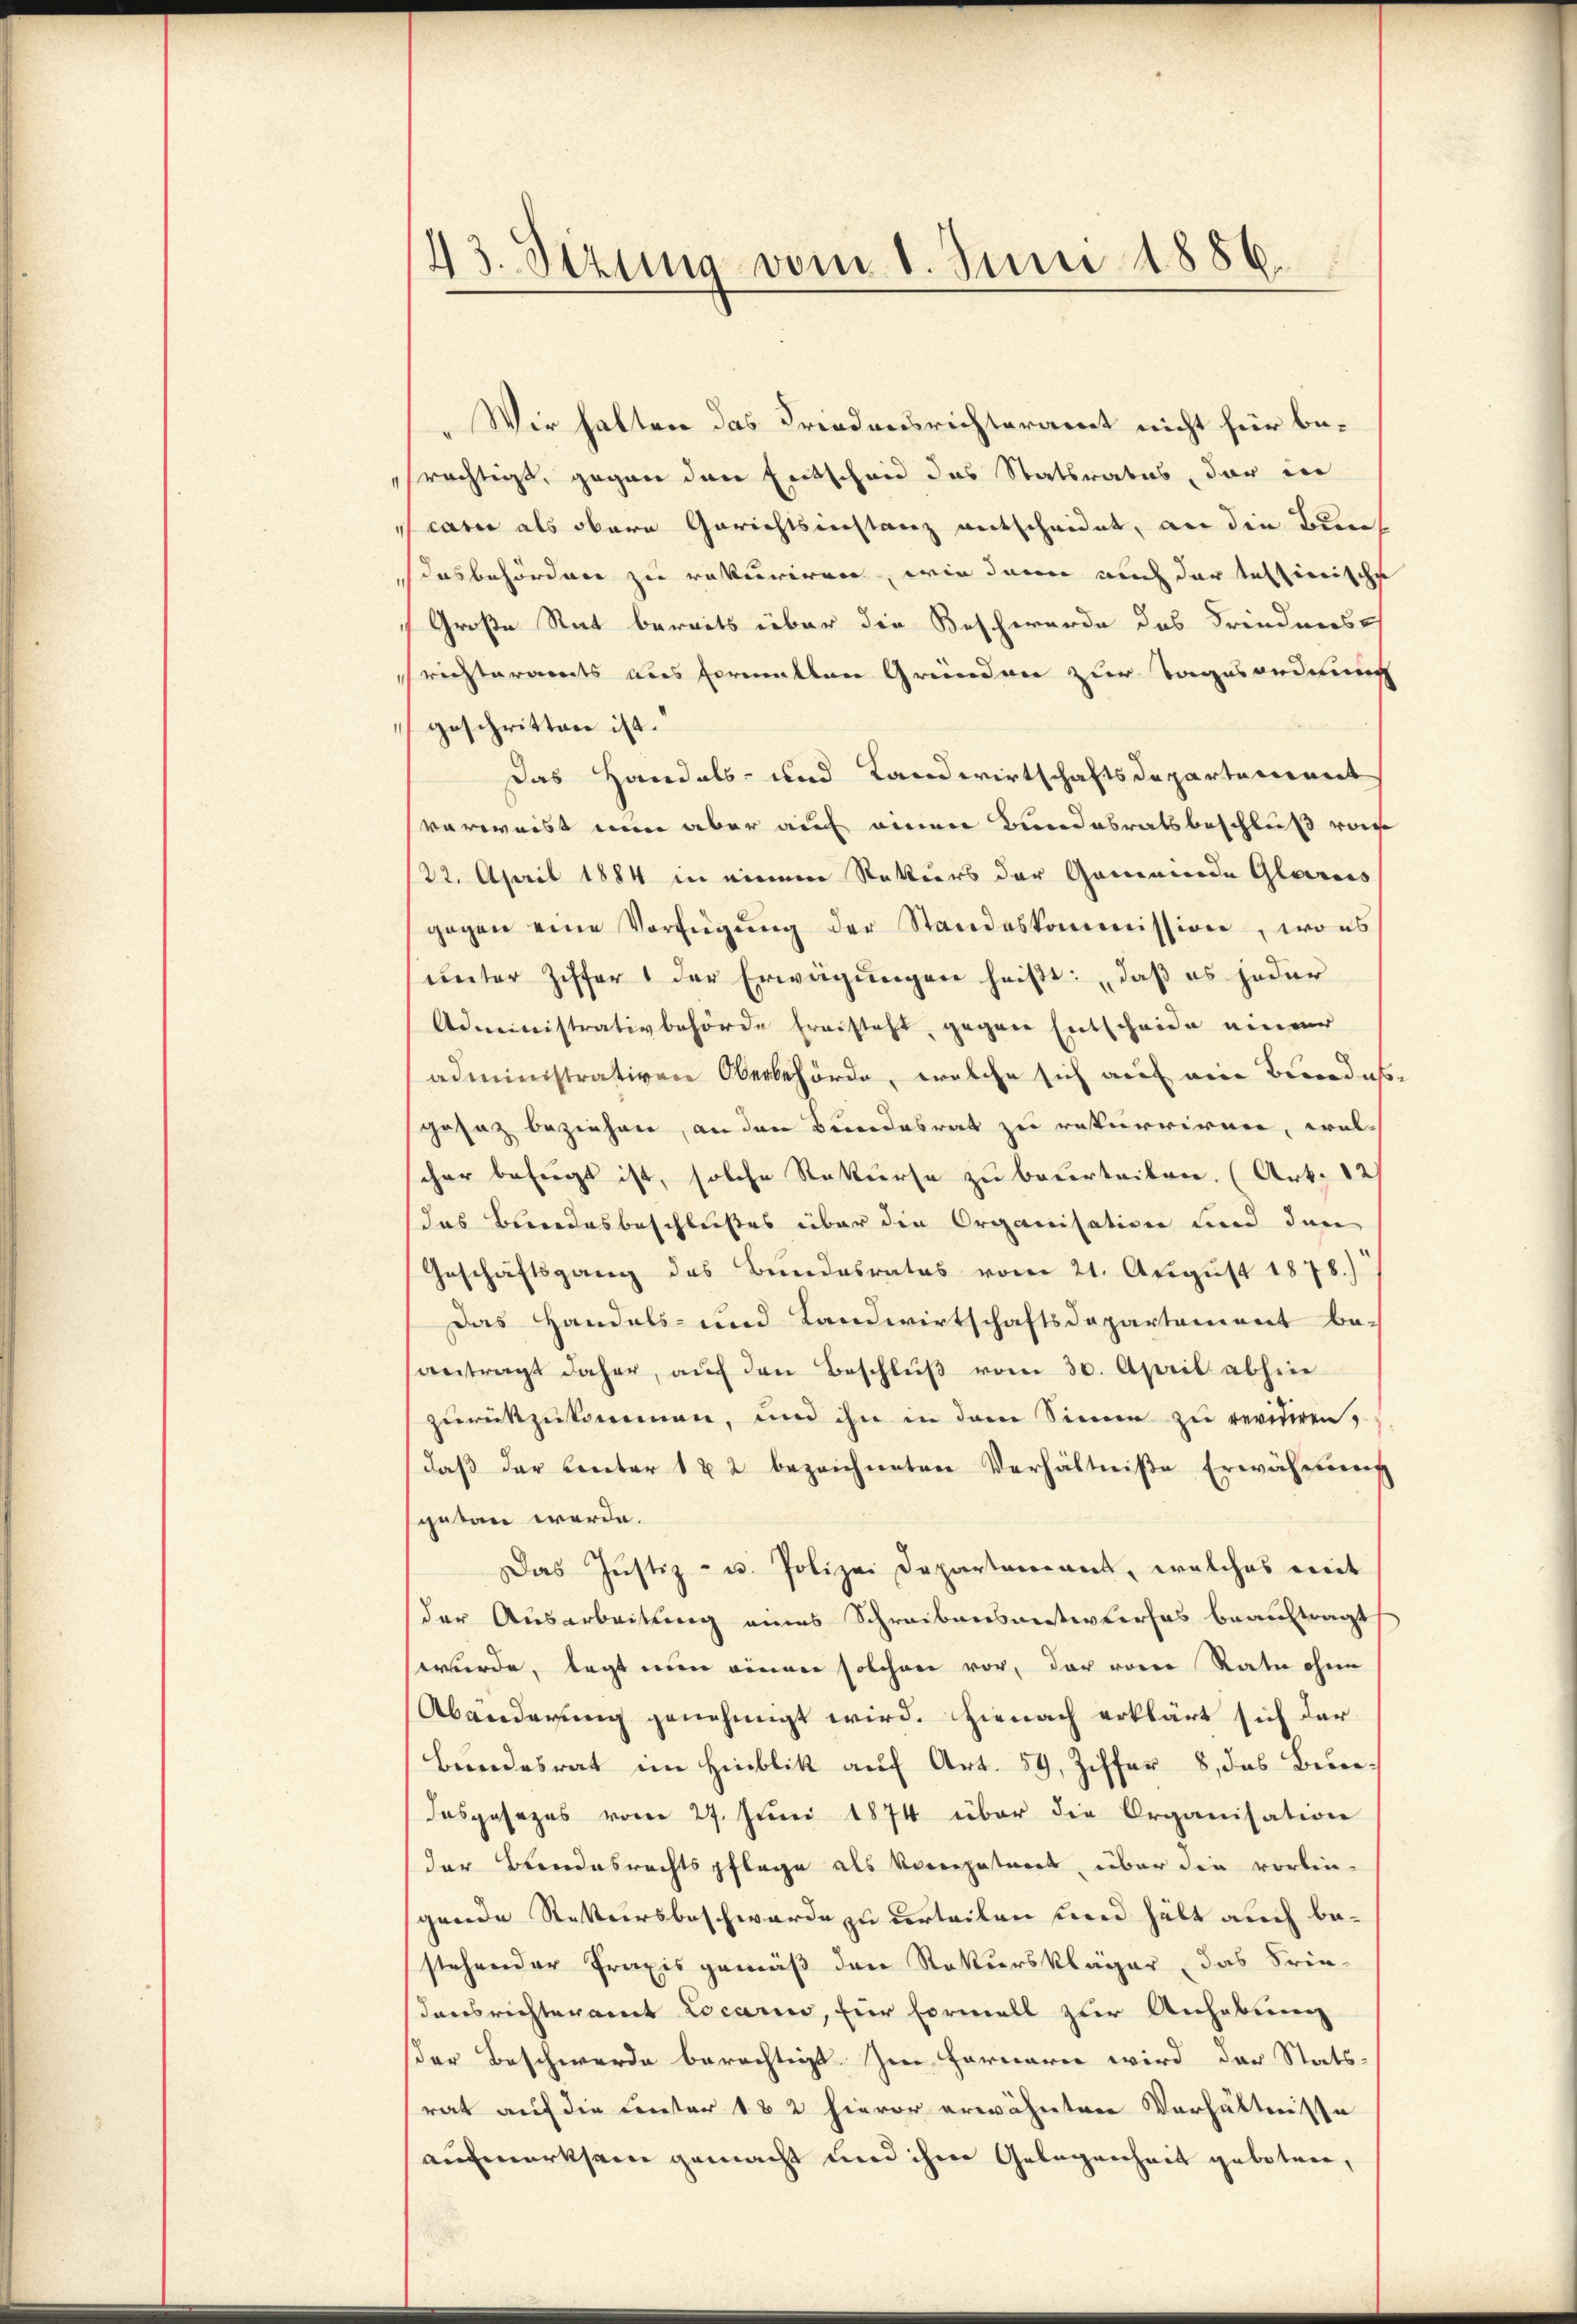
„Wir halten das Friedensrichteramt nicht für berächtigt, gegen den Entscheid das Statsrates, der in
carii als obere Gerichtsinstanz entscheidet, an die Bunsdasbehörden zu rekuriren, wie dann auch der textinische
Große Rat bereits über die Beschwerde des Friednerst
richteramts aus formallen Gründen zur Tagesordnung
geschritten ist.
Das Handels- und Landwirtschaftsdepartement
verweist nun aber auf einen Bundesratsbeschluß von
122. April 1884 in einem Rettiers der Gemeinde Glarus
gegen eine Verfügŭng der Standeskommission, wo es
unter Ziffer  der Erwägŭngen heißt: „daß es jeder
Administrativbehörde freisteht, gegen Entscheide einer
administrativen Oberbehörde, welche sich auf die Bevor dass
gesatz beziehen, an den Bundesrat zu rekurriren, welcher befugt ist, solche Rekurse zu beurteilen. (Art. 12
das Bundesbeschlußes über die Organisation und den
Geschäftsgang des Bundesrates vom 21. August 1878.)
Das Handels- und Landwirtschaftsdepartement be-
antragt daher, auf den Beschluß vom 30. April abhin
zurückzukommen, und ihn in dem Sinne zu revidiren,
daβ der Center 182 bezeichneten Verhältniße Erwähnung
getan werde.
Das Justiz- u. Polizei Departarians, welches weit
der Ausarbeitung eines Schreibensantwurfes beauftragt
wurde, legt nun einen solchen vor, der vom Rate ohne
Abänderung genehmigt wird. Hienach erklärt sich der
Bundesrat im Hinblik auf Art. 59, Ziffer 8, das Bundasgesezes vom 27. Juni 1874 über die Organisation
der Brandesrechtspflege als vocepatent, über die vorlin-
gende Rekursbeschwerde zu urteilen und hält auch bestehender Praxis gemäß den Rekurskläger das Frie-
densrichteramt Locarii, für Formell zur Anhebung
ser Beschwerde berechtigt. Im Fernern wird der Stats-
rat auf die Center 182 hievor erwähnten Verhältnisse
aufmerksam gemacht und ihrer Gelegenheit geboten,

43. Sizung vom 1. Juni 1886.